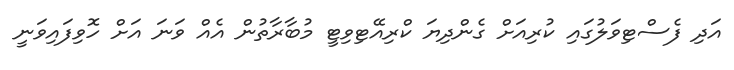
އަދި ފެސްޓިވަލުގައި ކުރިއަށް ގެންދިޔަ ކްރިއޭޓިވިޓީ މުބާރާތުން އެއް ވަނަ އަށް ހޮވިފައިވަނީ